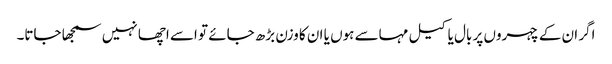
اگر ان کے چہروں پر بال یا کیل مہاسے ہوں یا ان کا وزن بڑھ جائے تو اسے اچھا نہیں سمجھا جاتا۔